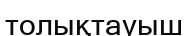
толықтауыш